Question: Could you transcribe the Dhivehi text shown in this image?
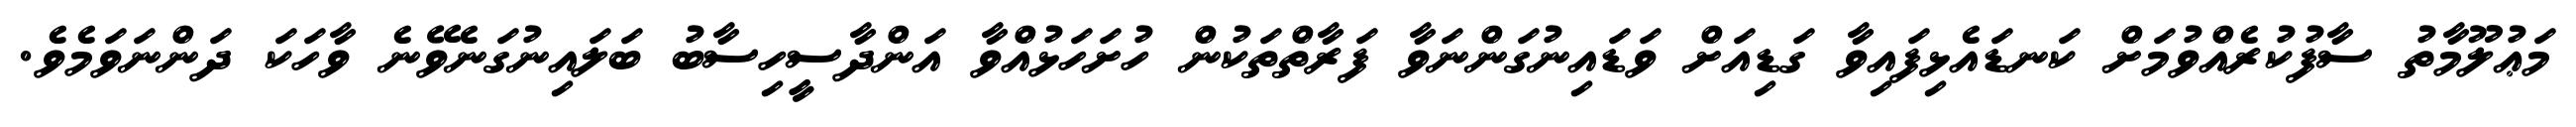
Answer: މަޢުލޫމާތު ސާފުކުރެއްވުމަށް ކަނޑައެޅިފައިވާ ގަޑިއަށް ވަޑައިނުގަންނަވާ ފަރާތްތަކުން ހުށަހަޅުއްވާ އަންދާސީހިސާބު ބަލައިނުގަނެވޭނެ ވާހަކަ ދަންނަވަމެވެ.